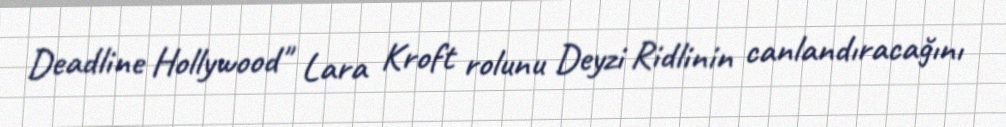
Deadline Hollywood" Lara Kroft rolunu Deyzi Ridlinin canlandıracağını